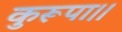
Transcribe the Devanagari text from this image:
कुरूपा।।